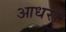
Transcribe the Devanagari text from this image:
आधरों